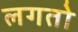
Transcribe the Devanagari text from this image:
लगतो